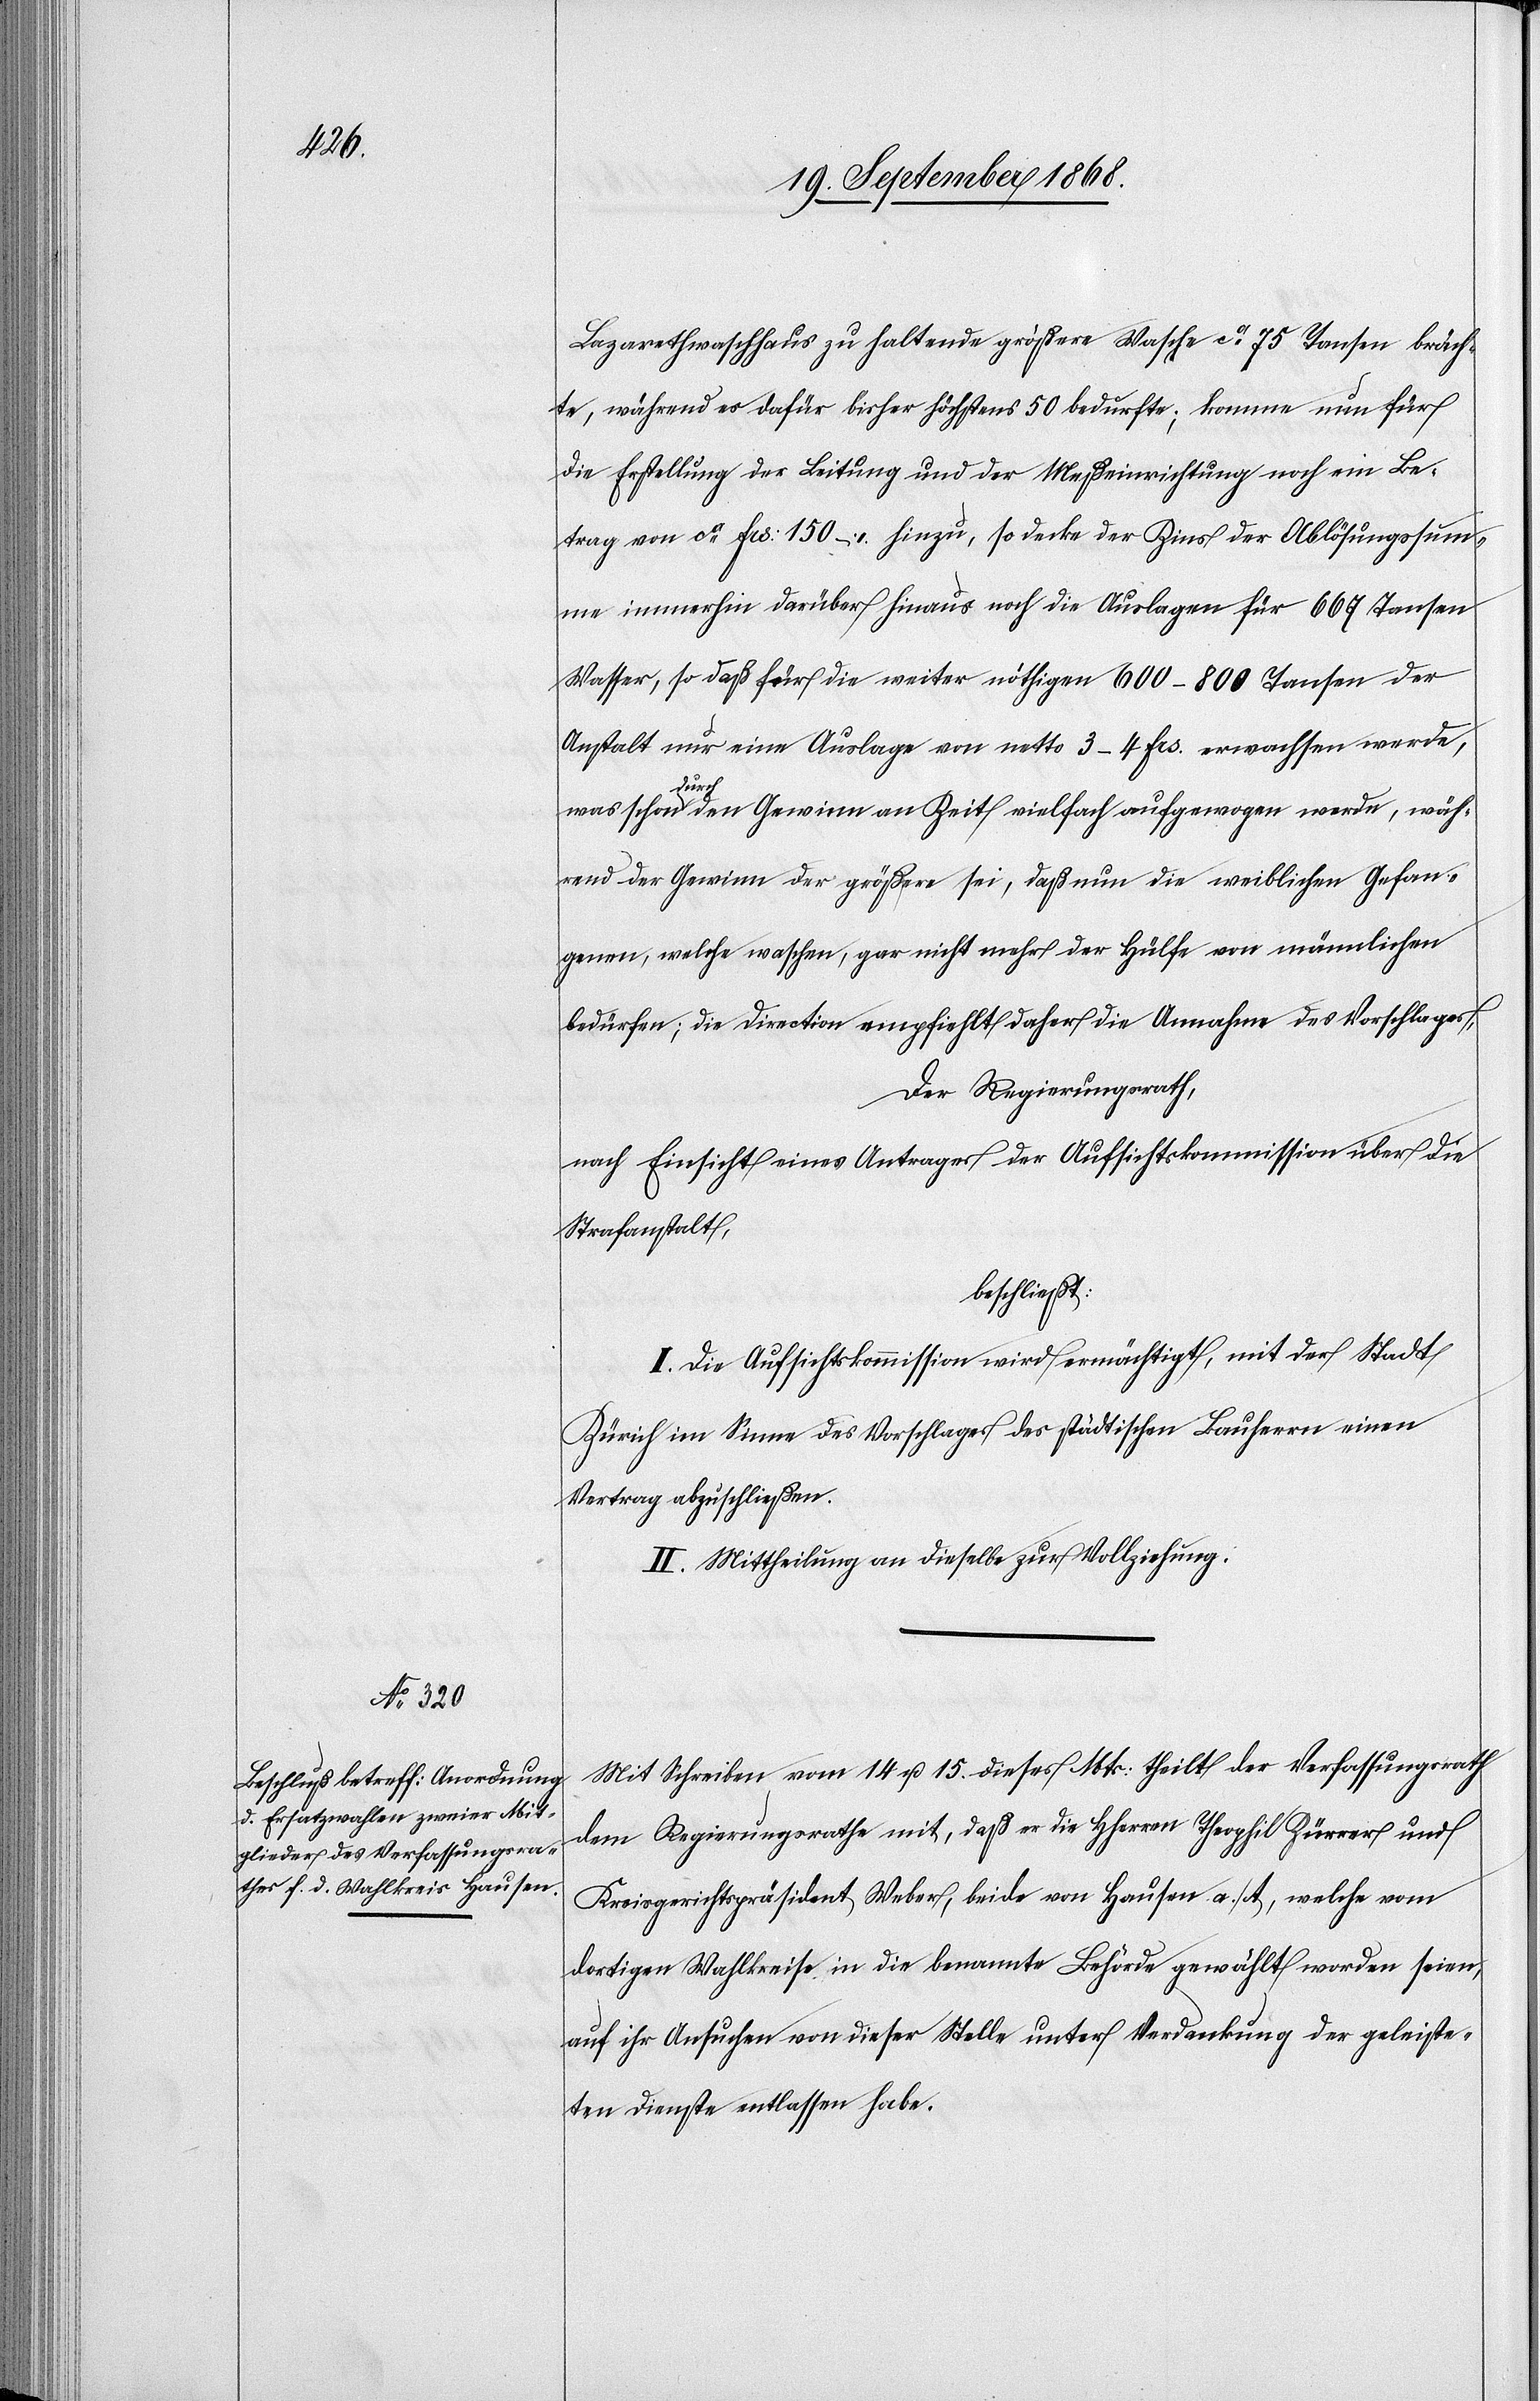
Lazarethwaschhaus zu haltende größere Wasche ca 75 Tansen bräch¬
te, während es dafür bisher höchstens 50 bedurfte; komme nun für
die Erstellung der Leitung und der Meßeinrichtung noch ein Be¬
trag von ca Frs: 150 – hinzu, so decke der Zins der Ablösungssum¬
me immerhin darüber hinaus noch die Auslagen für 667 Tansen
Wasser, so daß für die weiter nöthigen 600–800 Tansen der
Anstalt nur eine Auslage von netto 3–4 Frs. erwachsen werde,
was schon durch den Gewinn an Zeit vielfach aufgewogen werde, wäh¬
rend der Gewinn der größere sei, daß nun die weiblichen Gefan¬
genen, welche waschen, gar nicht mehr der Hülfe von männlichen
bedürfen; die Direction empfiehlt daher die Annahme des Vorschlages,
Der Regierungsrath,
nach Einsicht eines Antrages der Aufsichtskommission über die
Strafanstalt,
beschließt:
I. Die Aufsichtskommission wird ermächtigt, mit der Stadt
Zürich im Sinne des Vorschlages des städtischen Bauherrn einen
Vertrag abzuschließen.
II. Mittheilung an dieselbe zur Vollziehung.
Mit Schreiben vom 14 u. 15. dieses Mts: theilt der Verfassungsrath
dem Regierungsrathe mit, daß er die Hherren Theophil Zürrer und
Kreisgerichtspräsident Weber, beide von Hausen a./A, welche vom
dortigen Wahlkreise in die benannte Behörde gewählt worden seien,
auf ihr Ansuchen von dieser Stelle unter Verdankung der geleiste¬
ten Dienste entlassen habe.